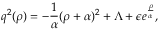
q ^ { 2 } ( \rho ) = - { \frac { 1 } { \alpha } } ( \rho + \alpha ) ^ { 2 } + \Lambda + \epsilon e ^ { \frac { \rho } { \alpha ^ { } } } ,